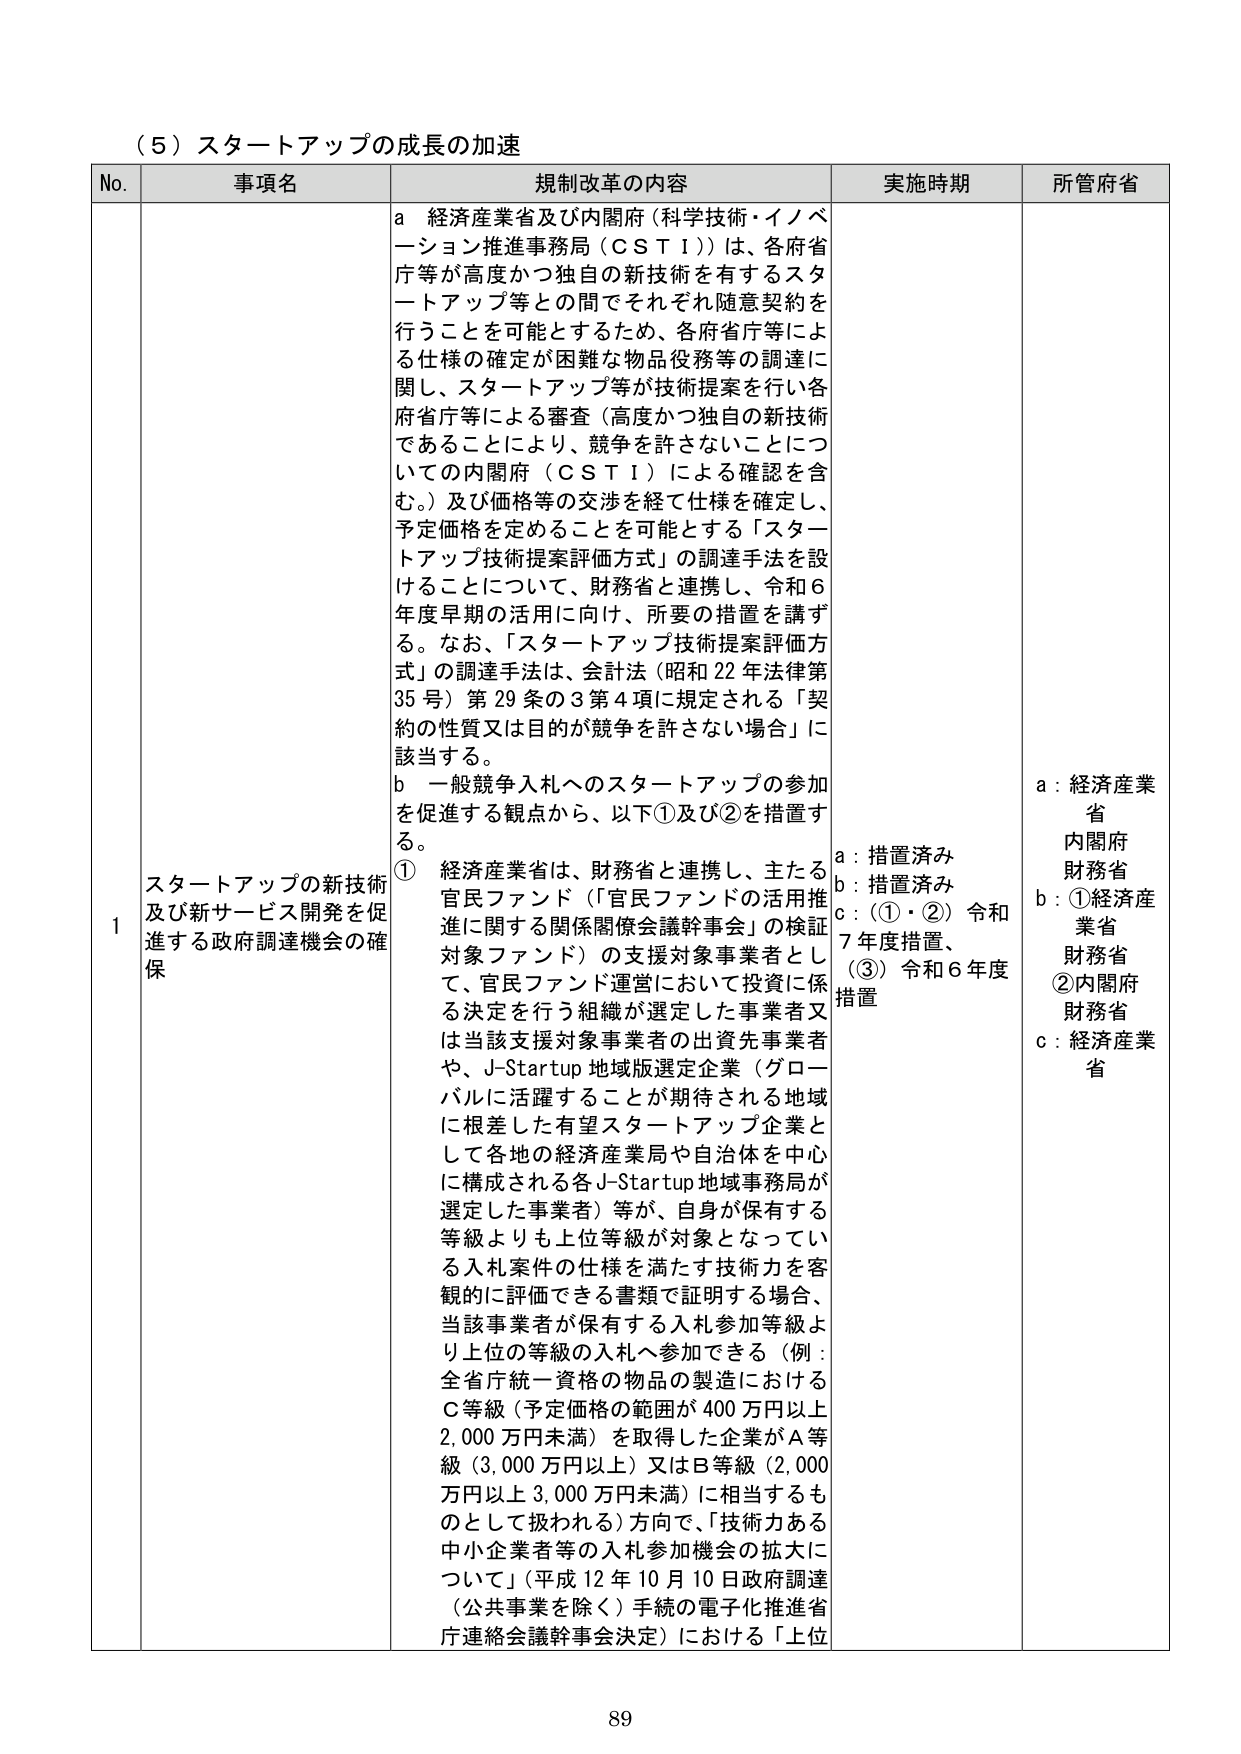
（５）スタートアップの成長の加速

No. 事項名 規制改革の内容 実施時期 所管府省

1 スタートアップの新技術及び新サービス開発を促進する政府調達機会の確保

a 経済産業省及び内閣府（科学技術・イノベーション推進事務局（ＣＳＴＩ））は、各府省庁等が高度かつ独自の新技術を有するスタートアップ等との間でそれぞれ随意契約を行うことを可能とするため、各府省庁等による仕様の確定が困難な物品役務等の調達に関して、スタートアップ等が技術提案を行い各府省庁等による審査（高度かつ独自の新技術であることにより、競争を許さないことについての内閣府（ＣＳＴＩ）による確認を含む。）及び価格等の交渉を経て仕様を確定し、予定価格を定めることを可能とする「スタートアップ技術提案評価方式」の調達手法を設けることについて、財務省と連携し、令和６年度早期の活用に向け、所要の措置を講ずる。なお、「スタートアップ技術提案評価方式」の調達手法は、会計法（昭和22年法律第35号）第29条の3第4項に規定される「契約の性質又は目的が競争を許さない場合」に該当する。

b 一般競争入札へのスタートアップの参加を促進する観点から、以下①及び②を措置する。

① 経済産業省は、財務省と連携し、主たる官民ファンド（「官民ファンドの活用推進に関する関係閣僚会議幹事会」の検証対象ファンド）の支援対象事業者として、官民ファンド運営において投資に係る決定を行う組織が選定した事業者又は当該支援対象事業者の出資先事業者や、J-Startup地域版選定企業（グローバルに活躍することが期待される地域に根差した有望スタートアップ企業として各地の経済産業局や自治体を中心に構成される各J-Startup地域事務局が選定した事業者）等が、自身が保有する等級よりも上位等級が対象となっている入札案件の仕様を満たす技術力を客観的に評価できる書類で証明する場合、当該事業者が保有する入札参加等級より上位の等級の入札へ参加できる（例：全省庁統一資格の物品の製造におけるＣ等級（予定価格の範囲が400万円以上2,000万円未満）を取得した企業がＡ等級（3,000万円以上）又はＢ等級（2,000万円以上3,000万円未満）に相当するものとして扱われる）方向で、「技術力ある中小企業者等の入札参加機会の拡大について」（平成12年10月10日政府調達（公共事業を除く）手続の電子化推進省庁連絡会議幹事会決定）における「上位

a：措置済み
b：措置済み
c：（①・②）令和7年度措置、（③）令和6年度措置

a：経済産業省 内閣府 財務省
b：①経済産業省 財務省 ②内閣府 財務省
c：経済産業省

89